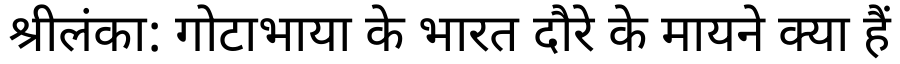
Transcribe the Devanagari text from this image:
श्रीलंका: गोटाभाया के भारत दौरे के मायने क्या हैं